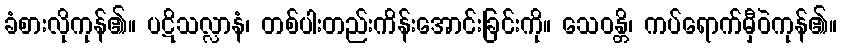
ခံစားလိုကုန်၏။ ပဋိသလ္လာနံ၊ တစ်ပါးတည်းကိန်းအောင်းခြင်းကို။ သေဝန္တိ၊ ကပ်ရောက်မှီဝဲကုန်၏။